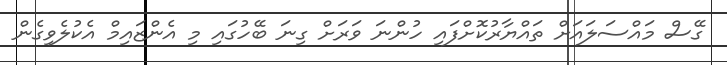
ގޭސް މައްސަލައަށް ތައްޔާރުކޮށްފައި ހުންނަ ވަރަށް ގިނަ ބޭހުގައި މި އެންޒައިމް އެކުލެވިގެން